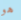
هو